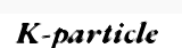
K-particle